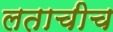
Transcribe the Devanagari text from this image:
लताचीच